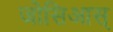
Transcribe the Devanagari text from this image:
जोसिआस्